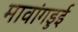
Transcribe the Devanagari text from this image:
मावांगडुई